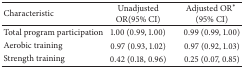
<table><thead><tr><td><b>Characteristic</b></td><td><b>Unadjusted OR (95% CI)</b></td><td><b>Adjusted OR<sup><i>∗</i></sup> (95% CI)</b></td></tr></thead><tbody><tr><td>Total program participation</td><td>1.00 (0.99, 1.00)</td><td>0.99 (0.99, 1.00)</td></tr><tr><td>Aerobic training</td><td>0.97 (0.93, 1.02)</td><td>0.97 (0.92, 1.03)</td></tr><tr><td>Strength training</td><td>0.42 (0.18, 0.96)</td><td>0.25 (0.07, 0.85)</td></tr></tbody></table>